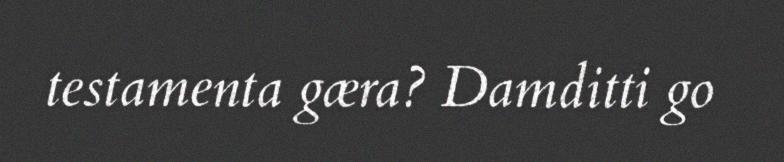
testamenta gæra? Damditti go